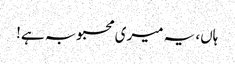
ہاں، یہ میری محبوبہ ہے!